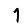
Digit: 1